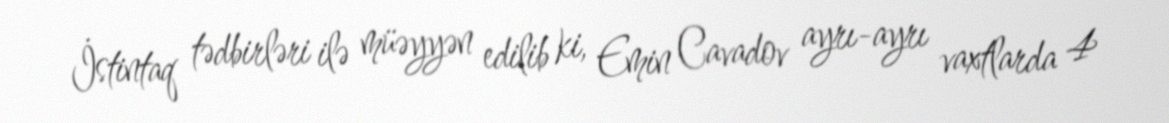
İstintaq tədbirləri ilə müəyyən edilib ki, Emin Cavadov ayrı-ayrı vaxtlarda 4